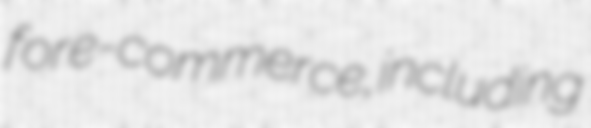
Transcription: for e-commerce, including